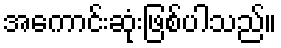
အကောင်းဆုံးဖြစ်ပါသည်။